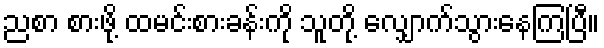
ညစာ စားဖို့ ထမင်းစားခန်းကို သူတို့ လျှောက်သွားနေကြပြီ။